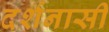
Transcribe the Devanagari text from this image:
दर्शनासी